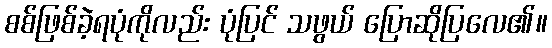
စစ်ဖြစ်ခဲ့ရပုံကိုလည်း ပုံပြင် သဖွယ် ပြောဆိုပြလေ၏။